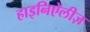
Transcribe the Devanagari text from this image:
हाइनिऐलीज़